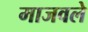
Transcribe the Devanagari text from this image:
माजवले